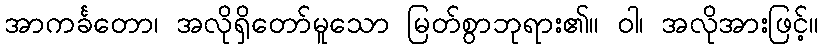
အာကင်္ခတော၊ အလိုရှိတော်မူသော မြတ်စွာဘုရား၏။ ဝါ၊ အလိုအားဖြင့်။